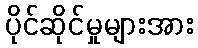
ပိုင်ဆိုင်မှုများအား